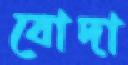
বোদা